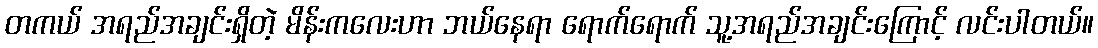
တကယ် အရည်အချင်းရှိတဲ့ မိန်းကလေးဟာ ဘယ်နေရာ ရောက်ရောက် သူ့အရည်အချင်းကြောင့် လင်းပါတယ်။